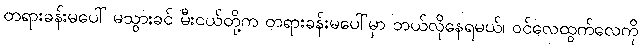
တရားခန်းမပေါ် မသွားခင် မီးငယ်တို့က တရားခန်းမပေါ်မှာ ဘယ်လိုနေရမယ်၊ ဝင်လေထွက်လေကို